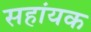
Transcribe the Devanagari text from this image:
सहांयक